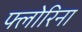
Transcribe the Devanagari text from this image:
फ्लोरिना